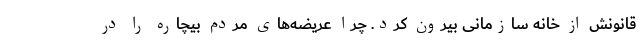
قانونش از خانه سازمانی بیرون کرد. چرا عریضه‌های مردم بیچاره را در